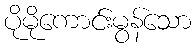
ပိုမိုကောင်းမွန်သော